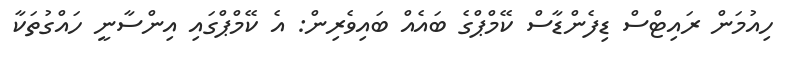
ހިއުމަން ރައިޓްސް ޑިފެންޑާސް ކޭމްޕްގެ ބައެއް ބައިވެރިން: އެ ކޭމްޕްގައި އިންސާނީ ހައްގުތަކާ